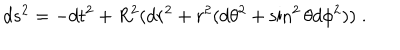
d s ^ { 2 } = - d t ^ { 2 } + R ^ { 2 } ( d r ^ { 2 } + r ^ { 2 } ( d \theta ^ { 2 } + \sin ^ { 2 } \theta d \phi ^ { 2 } ) ) \; .